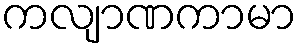
ကလျာဏကာမာ